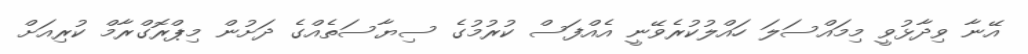
އޭނާ ވިދާޅުވީ މިމައްސަލަ ހައްލުކުރެވޭނީ އެއްފަސް ކުރުމުގެ ސިޔާސަތެއްގެ ދަށުން މިޕްރޮގްރާމް ކުރިއަށް